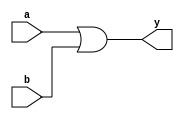
module ALUor(input [31:0]a,b,output [31:0]y);
    assign y = a | b;
endmodule